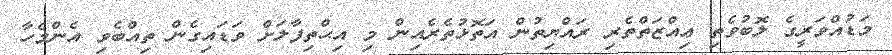
މަޑުއްވަރީގެ ލޮބުވެތި ޢިއްޒަތްތެރި ރައްޔިތުން އަތޮޅުތެރެއިން މި އިޙްތިފާލަށް ވަޑައިގެން ތިއްބެވި އެންމެހާ